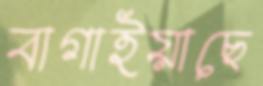
বাগাইয়াছে